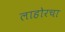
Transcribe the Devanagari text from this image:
लाहोरचा